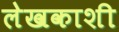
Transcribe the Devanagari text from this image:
लेखकाशी